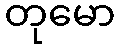
တုမော